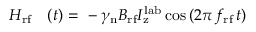
\begin{array} { r l } { H _ { \mathrm { r f } } } & { { } ( t ) ~ { = } ~ - \gamma _ { \mathrm { n } } B _ { \mathrm { r f } } I _ { \mathrm { z } } ^ { \mathrm { l a b } } \cos { ( 2 \pi \, f _ { \mathrm { r f } } \, t ) } } \end{array}